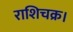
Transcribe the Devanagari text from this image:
राशिचक्र।